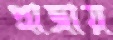
প্লাজায়